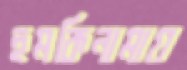
হুমকিনামায়